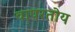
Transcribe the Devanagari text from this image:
वापरतोय